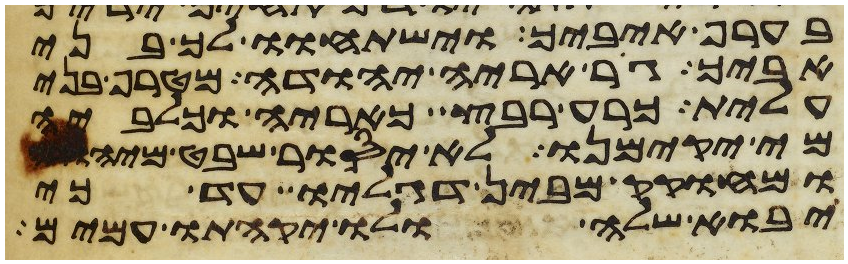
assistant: בערף איביך ישתחוו לך בני
אביך גור אריה יהודה מטרף בני
עלית כרע רבץ כאריה וכלביה
מי יקימנו לא יסור שבט מיהודה
ומחקק מבין דגליו עד כי
יבוא שלה ולו יקחתו עמים